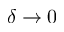
\delta \rightarrow 0